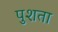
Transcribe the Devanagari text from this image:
पुशता